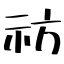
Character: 祊